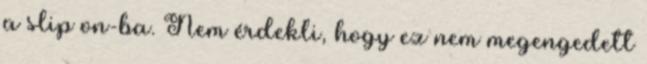
a slip on-ba. Nem érdekli, hogy ez nem megengedett